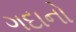
ગદાનો